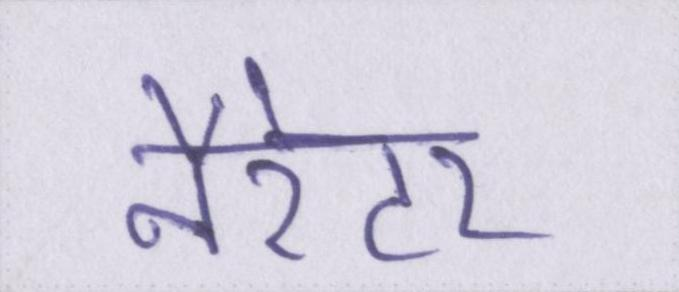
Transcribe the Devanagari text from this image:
नैरेटर